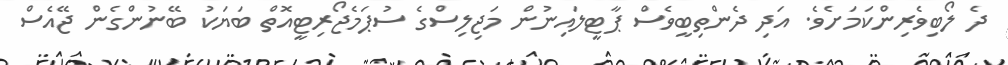
ދެ ލޯބިވެރިންކަމަށެވެ. އަދި ދެންތިބީވެސް ޕާޓީލައިނުން މަޖިލިސްގެ ސުޕަމެޖޯރިޓީއޮތް ބަޔަކު ބޭނުންގެން ޖޭއެސް